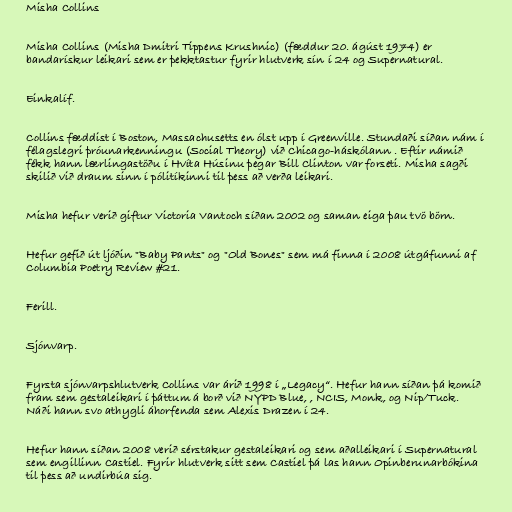
Misha Collins

Misha Collins (Misha Dmitri Tippens Krushnic) (fæddur 20. ágúst 1974) er
bandarískur leikari sem er þekktastur fyrir hlutverk sín í 24 og Supernatural.

Einkalíf.

Collins fæddist í Boston, Massachusetts en ólst upp í Greenville. Stundaði síðan nám í
félagslegri þróunarkenningu (Social Theory) við Chicago-háskólann . Eftir námið
fékk hann lærlingastöðu í Hvíta Húsinu þegar Bill Clinton var forseti. Misha sagði
skilið við draum sinn í pólitíkinni til þess að verða leikari.

Misha hefur verið giftur Victoria Vantoch síðan 2002 og saman eiga þau tvö börn.

Hefur gefið út ljóðin "Baby Pants" og "Old Bones" sem má finna í 2008 útgáfunni af
Columbia Poetry Review #21.

Ferill.

Sjónvarp.

Fyrsta sjónvarpshlutverk Collins var árið 1998 í „Legacy“. Hefur hann síðan þá komið
fram sem gestaleikari í þáttum á borð við NYPD Blue, , NCIS, Monk, og Nip/Tuck.
Náði hann svo athygli áhorfenda sem Alexis Drazen í 24.

Hefur hann síðan 2008 verið sérstakur gestaleikari og sem aðalleikari í Supernatural
sem engillinn Castiel. Fyrir hlutverk sitt sem Castiel þá las hann Opinberunarbókina
til þess að undirbúa sig.